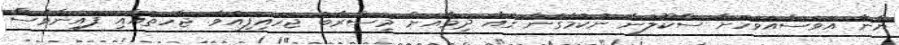
ޔާނާ އަވަސްއަވަހަށް ސްކޫލުން ނުކުމެގެން ގެއާ ދިމާއަށް މިސްރާބު ޖަހައިފިއެވެ. ޖާހަތުއާއި ފައިނާވެސް